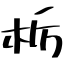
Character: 栃